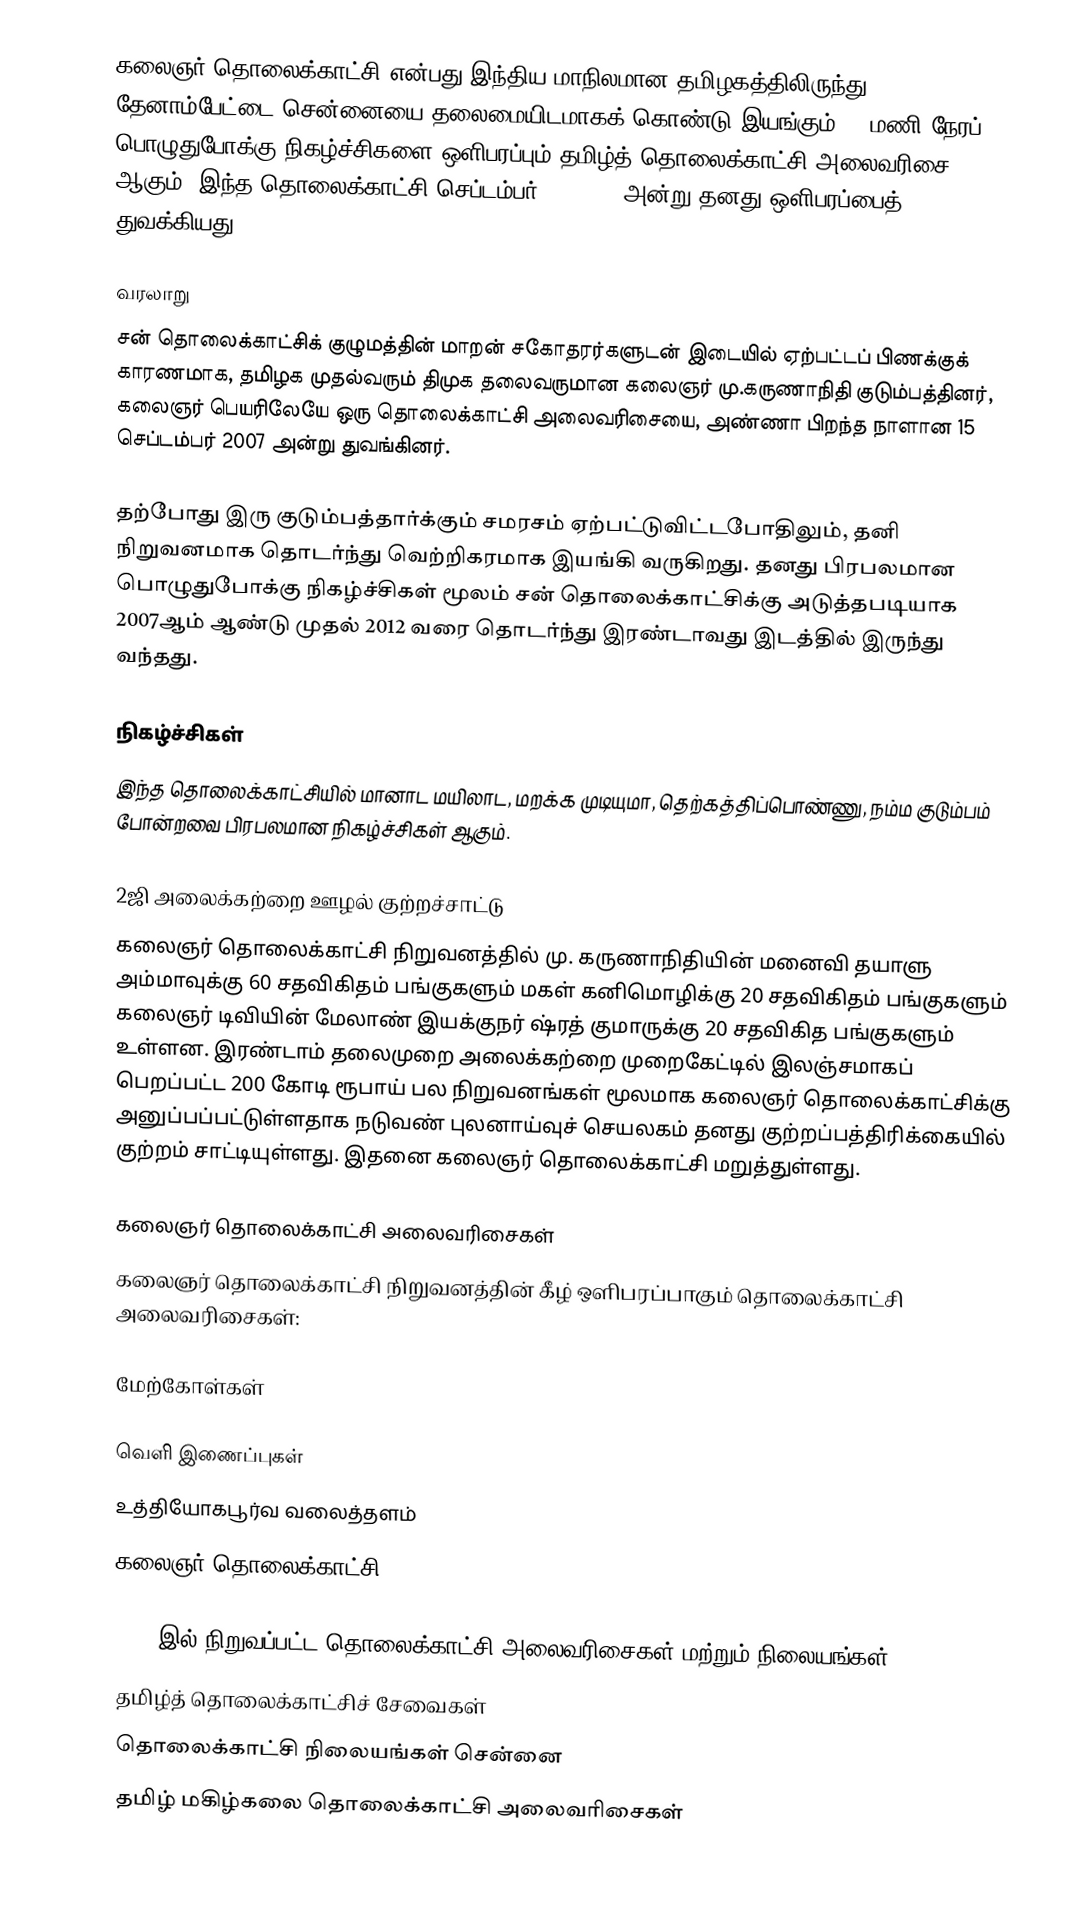
கலைஞர் தொலைக்காட்சி என்பது இந்திய மாநிலமான தமிழகத்திலிருந்து தேனாம்பேட்டை சென்னையை தலைமையிடமாகக் கொண்டு இயங்கும் 24 மணி நேரப் பொழுதுபோக்கு நிகழ்ச்சிகளை ஒளிபரப்பும் தமிழ்த் தொலைக்காட்சி அலைவரிசை ஆகும். இந்த தொலைக்காட்சி செப்டம்பர் 15, 2007 அன்று தனது ஒளிபரப்பைத் துவக்கியது.

வரலாறு
சன் தொலைக்காட்சிக் குழுமத்தின் மாறன் சகோதரர்களுடன் இடையில் ஏற்பட்டப் பிணக்குக் காரணமாக, தமிழக முதல்வரும் திமுக தலைவருமான கலைஞர் மு.கருணாநிதி குடும்பத்தினர், கலைஞர் பெயரிலேயே ஒரு தொலைக்காட்சி அலைவரிசையை, அண்ணா பிறந்த நாளான 15 செப்டம்பர் 2007 அன்று துவங்கினர்.

தற்போது இரு குடும்பத்தார்க்கும் சமரசம் ஏற்பட்டுவிட்டபோதிலும், தனி நிறுவனமாக தொடர்ந்து வெற்றிகரமாக இயங்கி வருகிறது. தனது பிரபலமான பொழுதுபோக்கு நிகழ்ச்சிகள் மூலம் சன் தொலைக்காட்சிக்கு அடுத்தபடியாக 2007ஆம் ஆண்டு முதல் 2012 வரை தொடர்ந்து இரண்டாவது இடத்தில் இருந்து வந்தது.

நிகழ்ச்சிகள்
இந்த தொலைக்காட்சியில் மானாட மயிலாட, மறக்க முடியுமா, தெற்கத்திப்பொண்ணு, நம்ம குடும்பம் போன்றவை பிரபலமான நிகழ்ச்சிகள் ஆகும்.

2ஜி அலைக்கற்றை ஊழல் குற்றச்சாட்டு
கலைஞர் தொலைக்காட்சி நிறுவனத்தில் மு. கருணாநிதியின் மனைவி தயாளு அம்மாவுக்கு 60 சதவிகிதம் பங்குகளும் மகள் கனிமொழிக்கு 20 சதவிகிதம் பங்குகளும் கலைஞர் டிவியின் மேலாண் இயக்குநர் ஷ்ரத் குமாருக்கு 20 சதவிகித பங்குகளும் உள்ளன. இரண்டாம் தலைமுறை அலைக்கற்றை முறைகேட்டில் இலஞ்சமாகப் பெறப்பட்ட 200 கோடி ரூபாய் பல நிறுவனங்கள் மூலமாக கலைஞர் தொலைக்காட்சிக்கு அனுப்பப்பட்டுள்ளதாக நடுவண் புலனாய்வுச் செயலகம் தனது குற்றப்பத்திரிக்கையில் குற்றம் சாட்டியுள்ளது. இதனை கலைஞர் தொலைக்காட்சி மறுத்துள்ளது.

கலைஞர் தொலைக்காட்சி அலைவரிசைகள்
கலைஞர் தொலைக்காட்சி நிறுவனத்தின் கீழ் ஒளிபரப்பாகும் தொலைக்காட்சி அலைவரிசைகள்:

மேற்கோள்கள்

வெளி இணைப்புகள்
 உத்தியோகபூர்வ வலைத்தளம்
 கலைஞர் தொலைக்காட்சி You Tube

2007 இல் நிறுவப்பட்ட தொலைக்காட்சி அலைவரிசைகள் மற்றும் நிலையங்கள்
தமிழ்த் தொலைக்காட்சிச் சேவைகள்
தொலைக்காட்சி நிலையங்கள் சென்னை
தமிழ் மகிழ்கலை தொலைக்காட்சி அலைவரிசைகள்